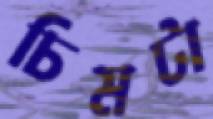
চিমটা